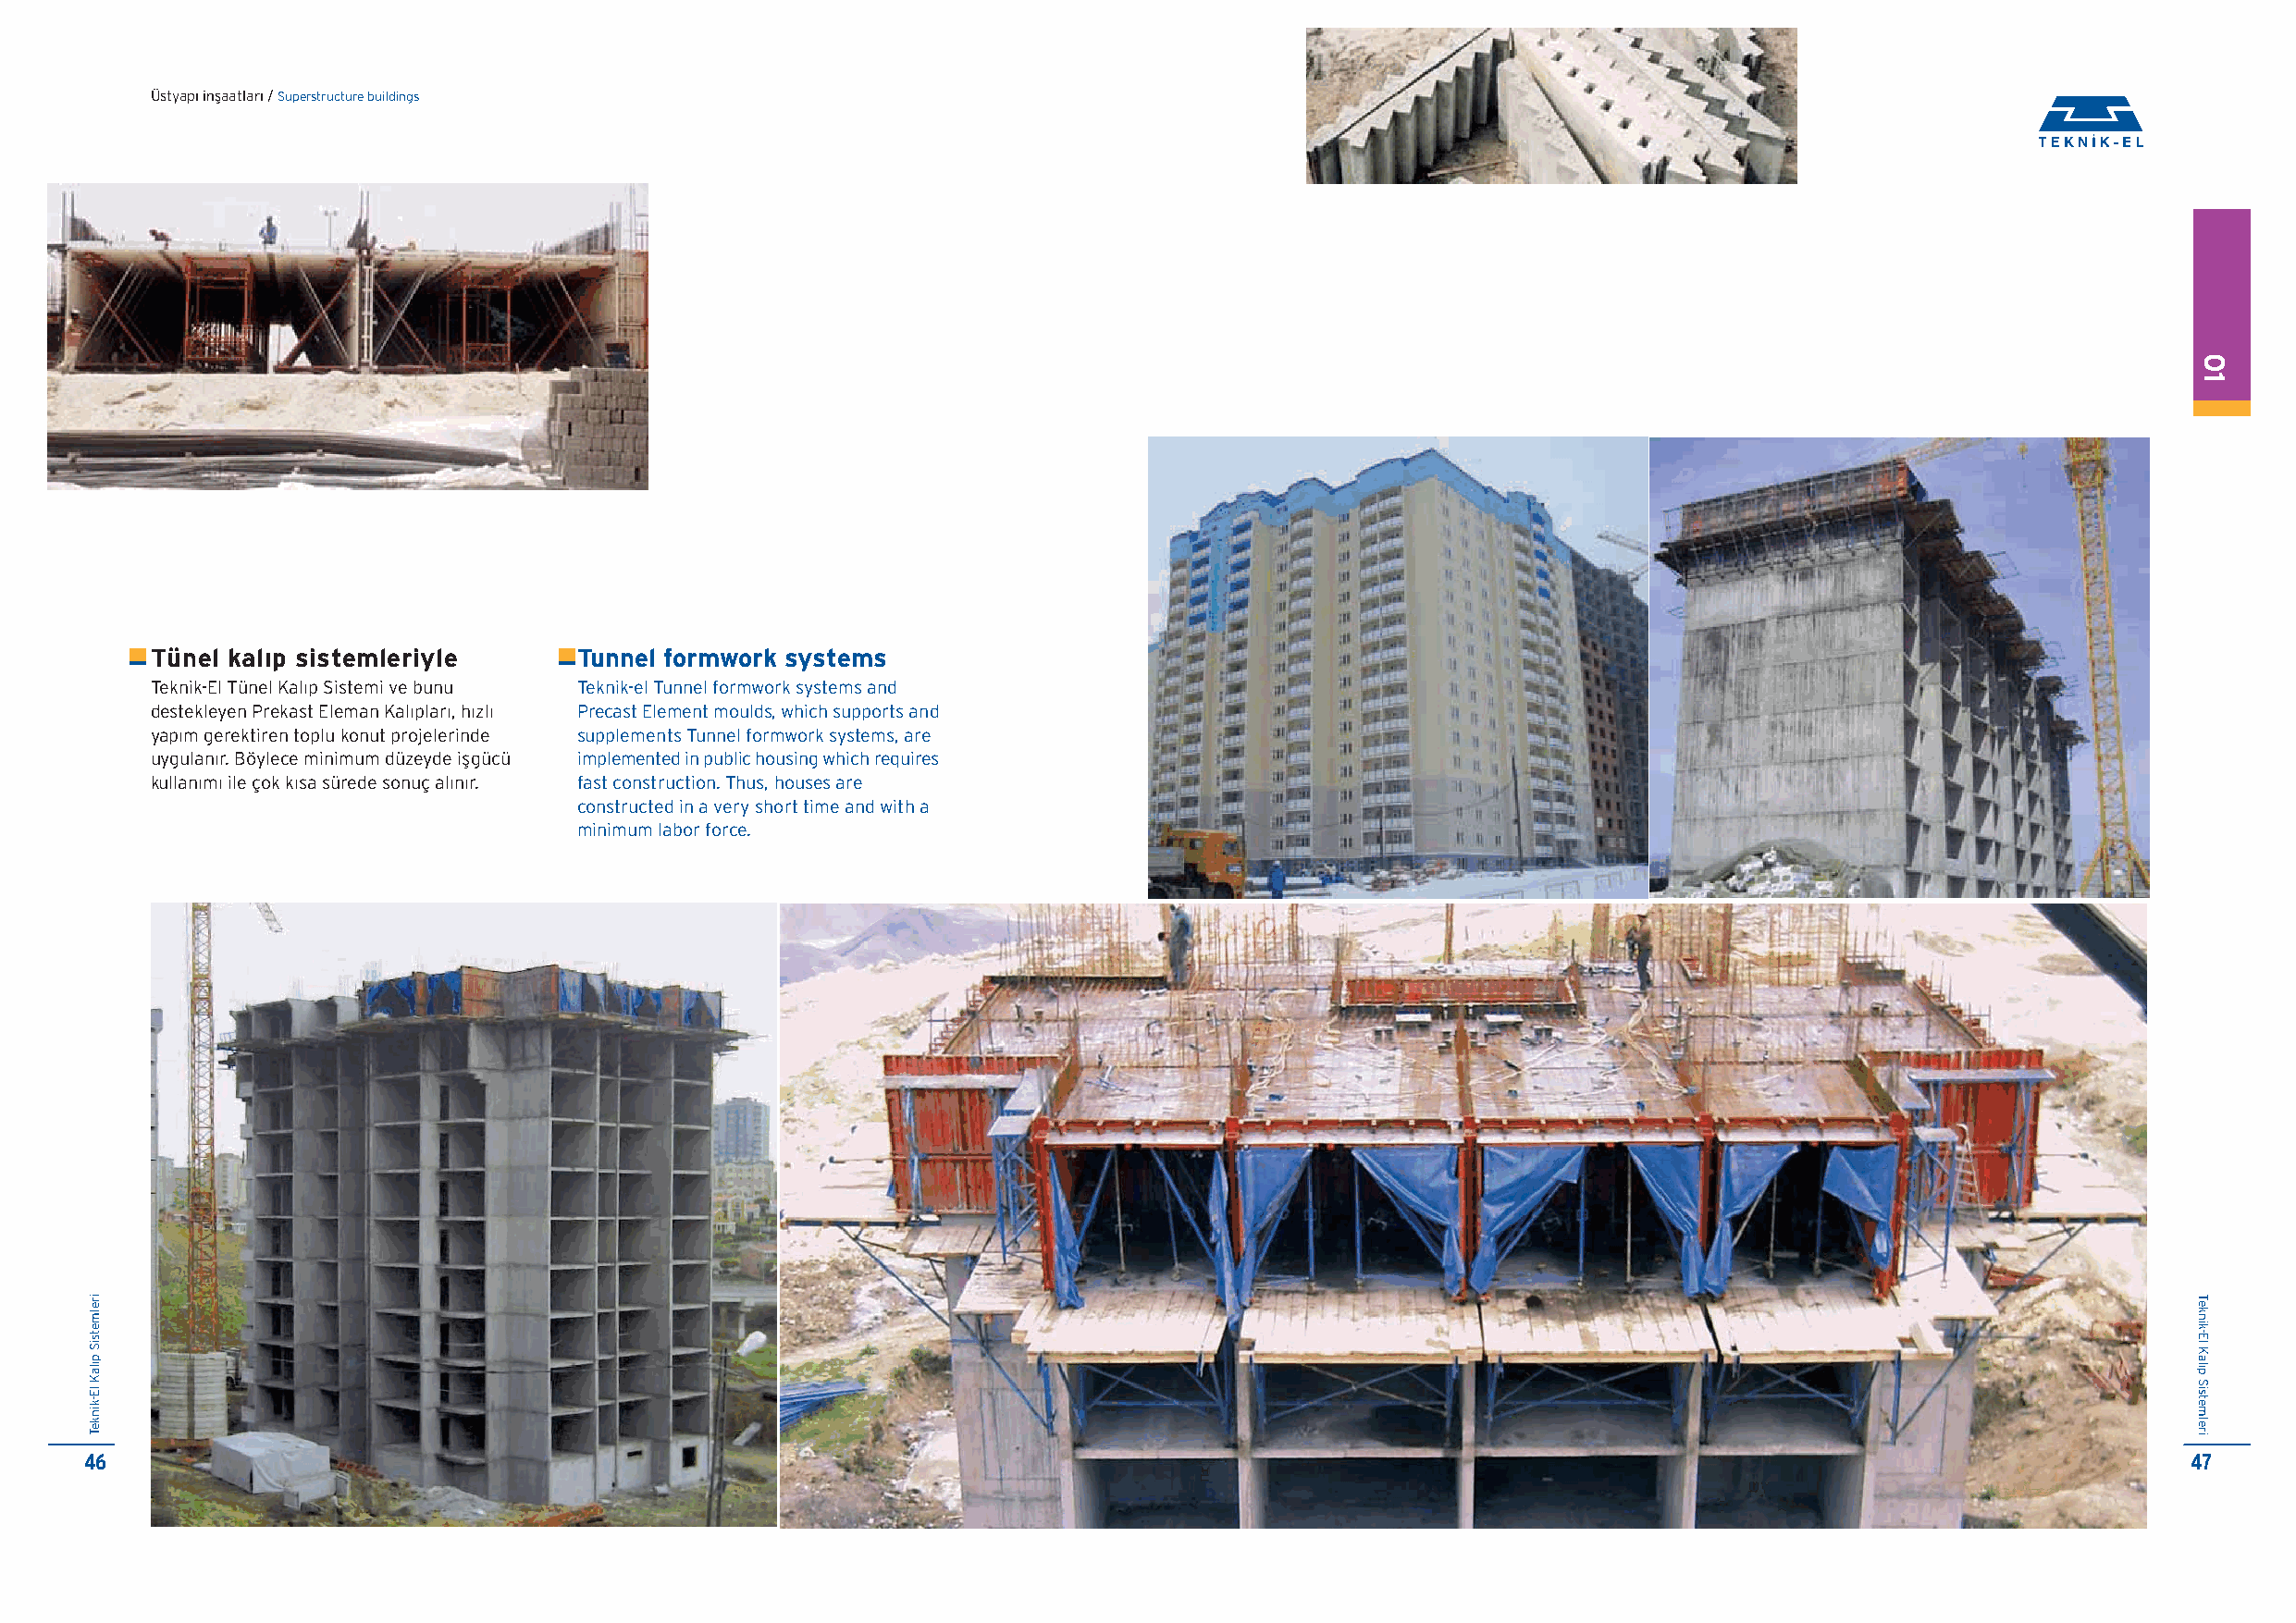
Üstyap› inflaatlar› / Superstructure buildings
 Tünel kal›p sistemleriyle     Tunnel formwork systems
 Teknik-El Tünel Kalıp Sistemi ve bunu Teknik-el Tunnel formwork systems and
 destekleyen Prekast Eleman Kalıpları, hızlı Precast Element moulds, which supports and
 yapım gerektiren toplu konut projelerinde supplements Tunnel formwork systems, are
 uygulanır. Böylece minimum düzeyde iflgücü implemented in public housing which requires
 kullanımı ile çok kısa sürede sonuç al›n›r. fast construction. Thus, houses are
 constructed in a very short time and with a
 minimum labor force.
 46                                                                                                                                                     47
 irelmetsiS
 p›laK
 lE-kinkeT
 01
 Teknik-El
 Kal›p
 Sistemleri